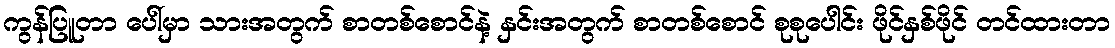
ကွန်ပြူတာ ပေါ်မှာ သားအတွက် စာတစ်စောင်နဲ့ နှင်းအတွက် စာတစ်စောင် စုစုပေါင်း ဖိုင်နှစ်ဖိုင် တင်ထားတာ